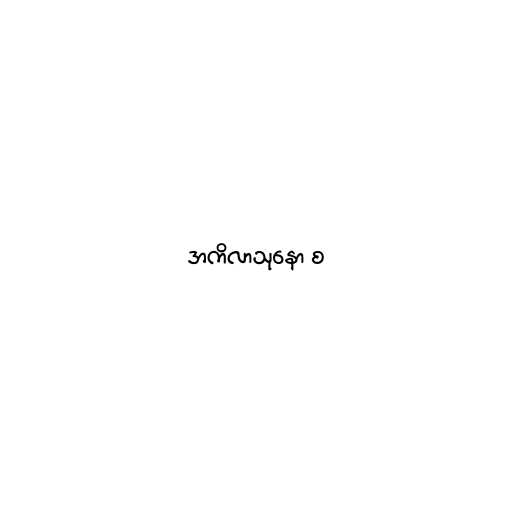
အကိလာသုနော စ